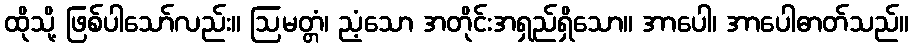
ထိုသို့ ဖြစ်ပါသော်လည်း။ ဩမတ္တံ၊ ညံ့သော အတိုင်းအရှည်ရှိသော။ အာပေါ၊ အာပေါဓာတ်သည်။